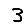
Digit: 3